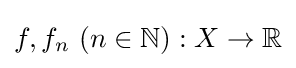
f,f_{n}\ (n\in \mathbb {N} ):X\to \mathbb {R}